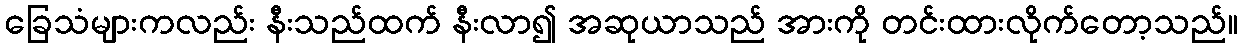
ခြေသံများကလည်း နီးသည်ထက် နီးလာ၍ အဆုယာသည် အားကို တင်းထားလိုက်တော့သည်။